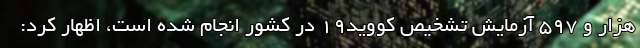
هزار و ۵۹۷ آزمایش تشخیص کووید۱۹ در کشور انجام شده است، اظهار کرد: